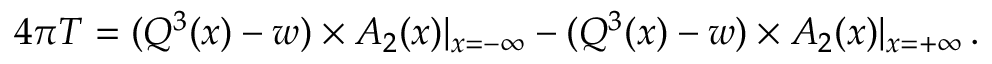
4 \pi T = ( Q ^ { 3 } ( x ) - w ) \times A _ { 2 } ( x ) | _ { x = - \infty } - ( Q ^ { 3 } ( x ) - w ) \times A _ { 2 } ( x ) | _ { x = + \infty } \, .